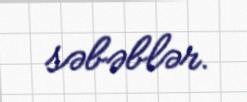
səbəblər.